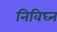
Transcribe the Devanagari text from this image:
निविघ्न